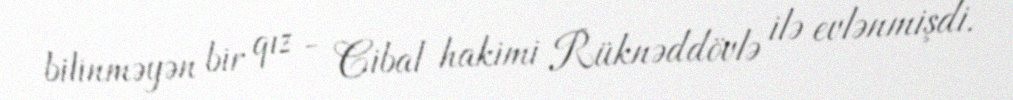
bilinməyən bir qız - Cibal hakimi Rüknəddövlə ilə evlənmişdi.